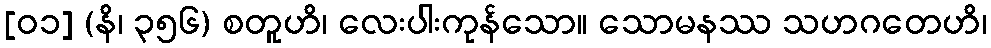
[၀၁] (နိ၊ ၃၅၆) စတူဟိ၊ လေးပါးကုန်သော။ သောမနဿ သဟဂတေဟိ၊